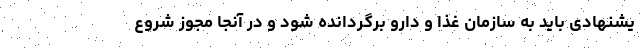
یشنهادی باید به سازمان غذا و دارو برگردانده شود و در آنجا مجوز شروع